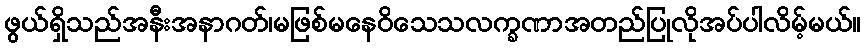
ဖွယ်ရှိသည်အနီးအနာဂတ်၊မဖြစ်မနေဝိသေသလက္ခဏာအတည်ပြုလိုအပ်ပါလိမ့်မယ်။